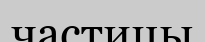
частицы